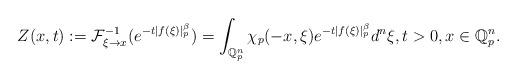
LaTeX: \begin{align*}Z(x,t):=\mathcal{F}_{\xi\rightarrow x }^{-1}(e^{-t|f(\xi)|_{p}^{\beta }})=\int\nolimits_{\mathbf{\mathbb{Q}}_{p}^{n}}\chi _{p}(-x,\xi )e^{-t|f(\xi )|_{p}^{\beta }}d^{n}\xi ,t>0,x\in \mathbf{\mathbb{Q}}_{p}^{n}. \end{align*}